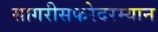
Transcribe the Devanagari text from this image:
सागरीसफरेदरम्यान